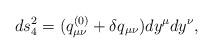
LaTeX: \begin{align*}ds_4^2 = (q^{(0)}_{\mu\nu}+\delta q_{\mu\nu})dy^{\mu}dy^{\nu},\end{align*}